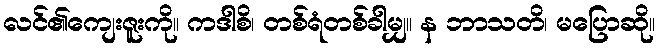
လင်၏ကျေးဇူးကို။ ကဒါစိ၊ တစ်ရံတစ်ခါမျှ။ န ဘာသတိ၊ မပြောဆို။